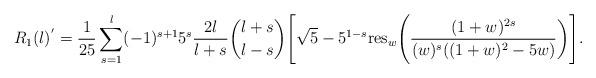
LaTeX: \begin{align*}R_{1}(l)^{'}=\frac{1}{25}\sum_{s=1}^{l}(-1)^{s+1} 5^{s} \frac{2l}{l+s}\binom {l+s} {l-s}\Bigg\lbrack \sqrt{5}-5^{1-s}\hbox{res}_w\Bigg(\frac{(1+w)^{2s}}{(w){^s}((1+w)^2-5w)}\bigg)\Bigg\rbrack.\end{align*}